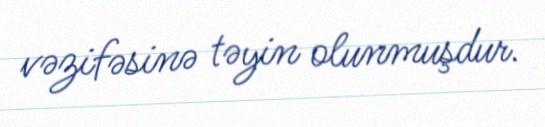
vəzifəsinə təyin olunmuşdur.